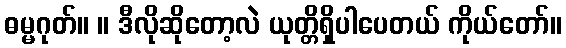
ဓမ္မဂုတ်။ ။ ဒီလိုဆိုတော့လဲ ယုတ္တိရှိပါပေတယ် ကိုယ်တော်။